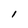
Character: I